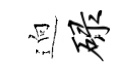
逈碌